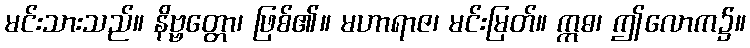
မင်းသားသည်။ နိဗ္ဗတ္တော၊ ဖြစ်၏။ မဟာရာဇ၊ မင်းမြတ်။ ဣဓ၊ ဤလောက၌။